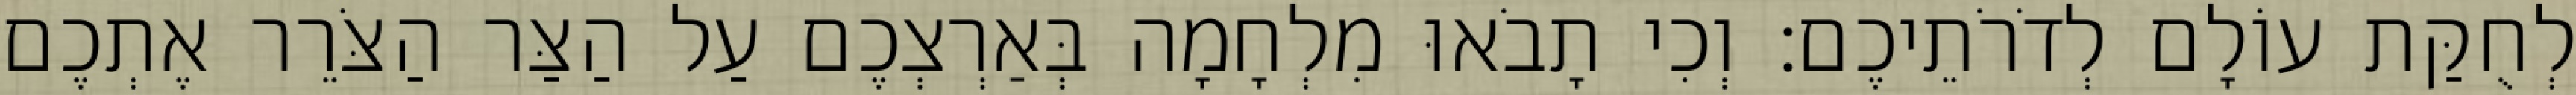
לְחֻקַּת עוֹלָם לְדֹרֹתֵיכֶם׃ וְכִי תָבֹאוּ מִלְחָמָה בְּאַרְצְכֶם עַל הַצַּר הַצֹּרֵר אֶתְכֶם